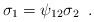
LaTeX: \begin{align*}\sigma_1=\psi_{12}\sigma_2\;\;.\end{align*}